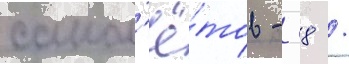
самол'ё́тов - -38 /